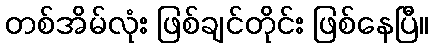
တစ်အိမ်လုံး ဖြစ်ချင်တိုင်း ဖြစ်နေပြီ။